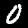
Label: 0